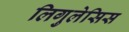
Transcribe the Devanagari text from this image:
लिगुलेसिस